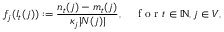
f _ { j } ( I _ { t } ( j ) ) : = \frac { n _ { t } ( j ) - m _ { t } ( j ) } { \kappa _ { j } | N ( j ) | } , \quad \mathrm { ~ f ~ o ~ r ~ } t \in \mathbb { N } , j \in V ,